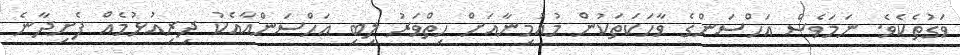
ވަގުތެކެވެ. ނަމަވެސް އަހްސަންގެ ވާހަކަތަކުން މުއުމިނާއަށް ހިތްވަރު ލިބި އަހްސަންއާއެކު ދިރިއުޅުމެއް ފެށިދާނެ